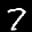
Label: 7